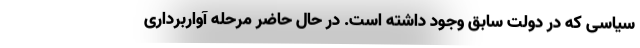
سیاسی که در دولت سابق وجود داشته است. در حال حاضر مرحله آواربرداری